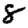
Digit: 8